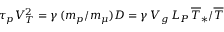
\tau _ { p } V _ { T } ^ { 2 } = \gamma \, ( m _ { p } / m _ { \mu } ) D = \gamma \, V _ { g } \, L _ { P } \, \overline { { T } } _ { \ast } / \overline { { T } }